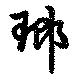
瑯